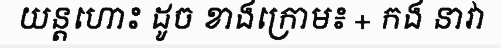
យន្តហោះ ដូច ខាងក្រោម៖ + កង នាវា